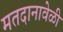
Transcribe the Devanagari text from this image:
मतदानावेळी